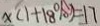
x ( 1 + 1 8 ^ { \circ } ) = 1 7